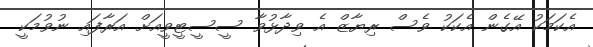
އެކަމަކު އޭގެން އެކަކު ވެސް ރިޔާޒް އެ ވިދާޅުވާ ސީސީޓީވީއަށް އަރާފައި ނުވުމަކީ